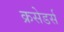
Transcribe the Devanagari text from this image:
क्रसेडर्स